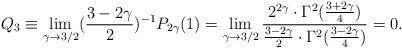
LaTeX: \begin{align*}Q_{3}\equiv\lim\limits_{\gamma\to 3/2}(\frac{3-2\gamma}{2})^{-1}P_{2\gamma}(1)=\lim\limits_{\gamma\to 3/2}\frac{2^{2\gamma}\cdot \Gamma^2(\frac{3+2\gamma}{4})}{\frac{3-2\gamma}{2}\cdot\Gamma^2(\frac{3-2\gamma}{4})}=0.\end{align*}